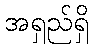
အရှည်ရှိ